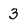
Character: 3